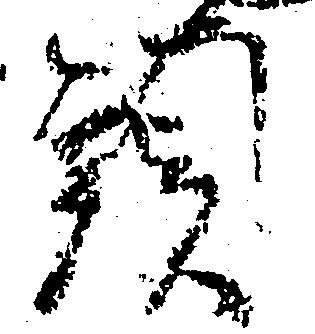
頭